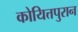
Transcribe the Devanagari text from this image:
कोयित्तपुरान